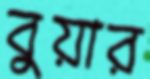
বুয়ার